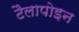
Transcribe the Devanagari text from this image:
टैलापोइन